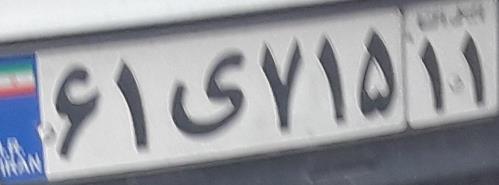
۶۱ی۷۱۵۱۱